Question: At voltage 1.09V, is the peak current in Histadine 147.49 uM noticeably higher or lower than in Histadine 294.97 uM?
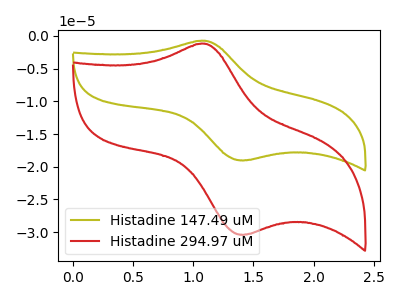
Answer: <think>The olive curve "Histadine 147.49 uM" has an anodic peak at (1.10V, -0.75uA) and a cathodic peak at (1.45V, -19.00uA). The red curve "Histadine 294.97 uM" has an anodic peak at (1.10V, -1.20uA) and a cathodic peak at (1.45V, -30.40uA).</think>
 <answer>The peak at 1.09V is higher in "Histadine 147.49 uM" than in "Histadine 294.97 uM".</answer>
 <eval>higher</eval>